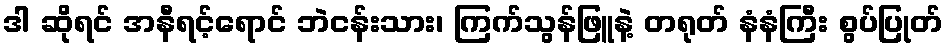
ဒါ ဆိုရင် အနီရင့်ရောင် ဘဲငန်းသား၊ ကြက်သွန်ဖြူနဲ့ တရုတ် နံနံကြီး စွပ်ပြုတ်